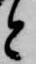
と